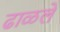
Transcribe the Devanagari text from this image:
ढाळले